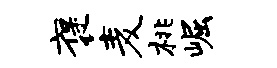
褒麦桃崛